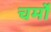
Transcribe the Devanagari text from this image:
चर्मो